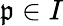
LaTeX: \mathfrak{p}\in{I}